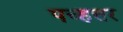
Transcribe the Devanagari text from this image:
पच्हत्तर